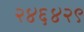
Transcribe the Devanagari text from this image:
२४६४२९